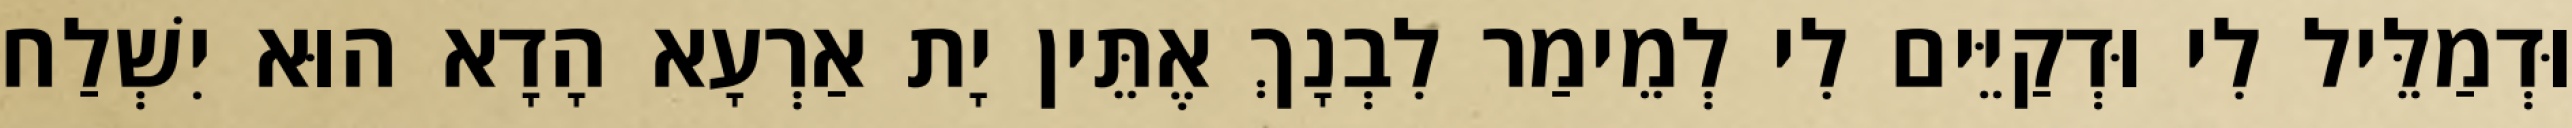
וּדְמַלֵּיל לִי וּדְקַיֵּים לִי לְמֵימַר לִבְנָךְ אֶתֵּין יָת אַרְעָא הָדָא הוּא יִשְׁלַח